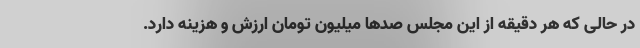
در حالی که هر دقیقه از این مجلس صدها میلیون تومان ارزش و هزینه دارد.